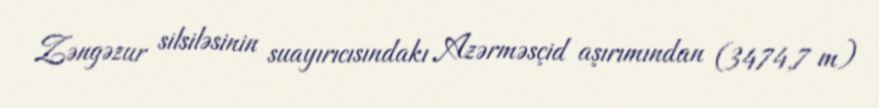
Zəngəzur silsiləsinin suayırıcısındakı Azərməsçid aşırımından (3474,7 m)